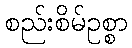
စည်းစိမ်ဥစ္စာ